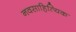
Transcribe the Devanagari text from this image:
नवसाहित्यिक